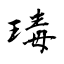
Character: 瑇